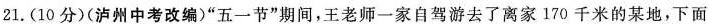
21.(10分)(泸州中考改编)”五一节”期间，王老师一家自驾游去了离家170千米的某地，下面